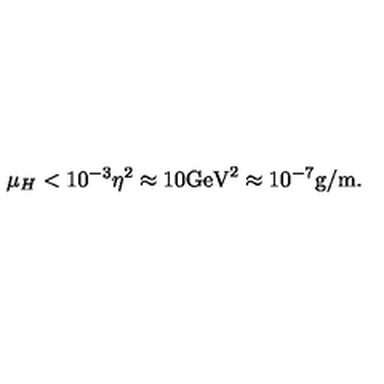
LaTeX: \mu _ { H } < 1 0 ^ { - 3 } \eta ^ { 2 } \approx 1 0 \mathrm { G e V } ^ { 2 } \approx 1 0 ^ { - 7 } \mathrm { g / m } .